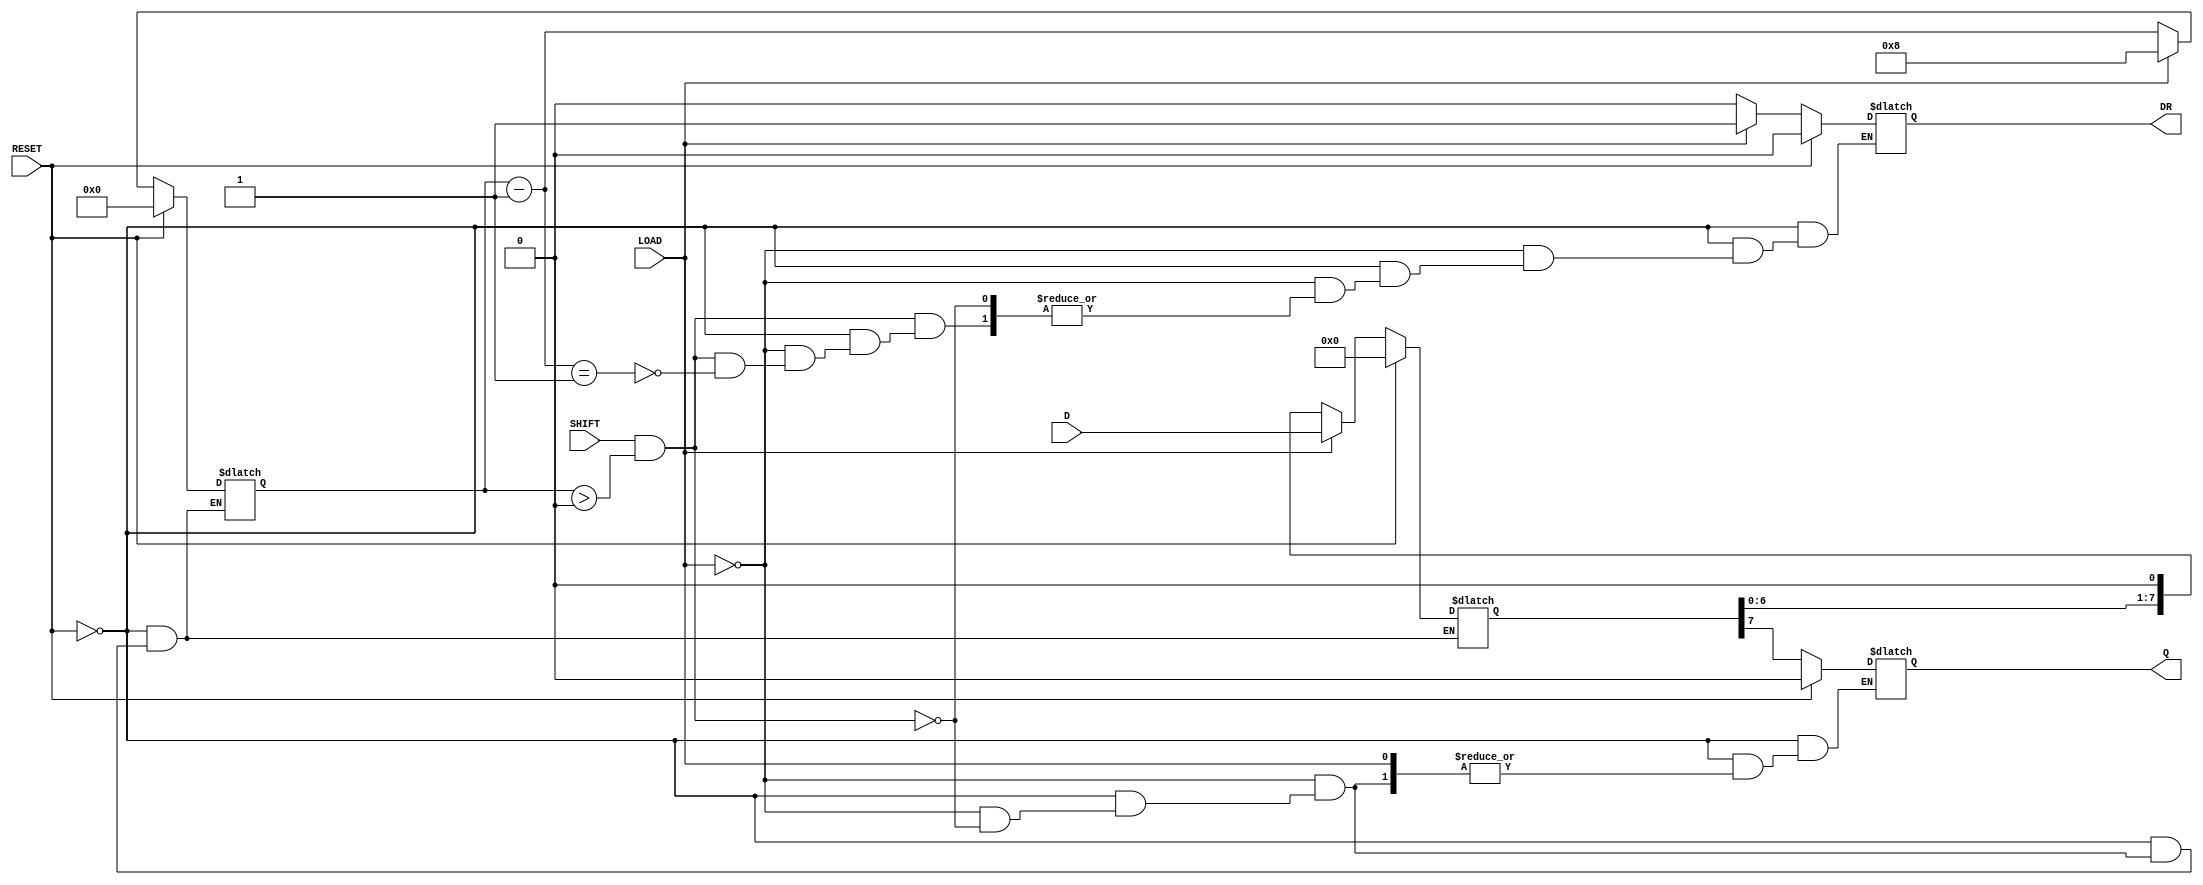
module PISO_Register #(
    parameter width = 8  // Define the width of the register
)(
    input  wire [width-1:0] D,     // Parallel data input
    input  wire LOAD,               // Load control signal
    input  wire SHIFT,              // Shift control signal
    input  wire RESET,              // Asynchronous reset signal
    output reg  Q,                  // Serial output
    output reg  DR                  // Data ready signal
);

    // Internal storage for the PISO register
    reg [width-1:0] shift_reg;      // Shift register to hold data
    reg [3:0] bit_count;             // Counter for the number of bits shifted out

    // Asynchronous Reset and Load
    always @* begin
        if (RESET) begin
            shift_reg = {width{1'b0}}; // Clear the shift register
            Q = 1'b0;                  // Clear the serial output
            DR = 1'b0;                 // Clear data ready signal
            bit_count = 0;             // Reset bit counter
        end else if (LOAD) begin
            shift_reg = D;             // Load data into the shift register
            DR = 1'b1;                 // Set data ready signal
            bit_count = width;         // Set bit counter to width
        end else if (SHIFT && bit_count > 0) begin
            Q = shift_reg[width-1];    // Output the MSB
            shift_reg = shift_reg << 1; // Shift left
            bit_count = bit_count - 1; // Decrement bit counter
            if (bit_count == 1) begin
                DR = 1'b0;              // Clear data ready signal when done
            end
        end
    end

endmodule